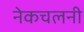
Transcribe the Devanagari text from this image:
नेकचलनी